Civil Veterinary Dept. Assam report 1927-50 - 1927-1950
Year: 1927
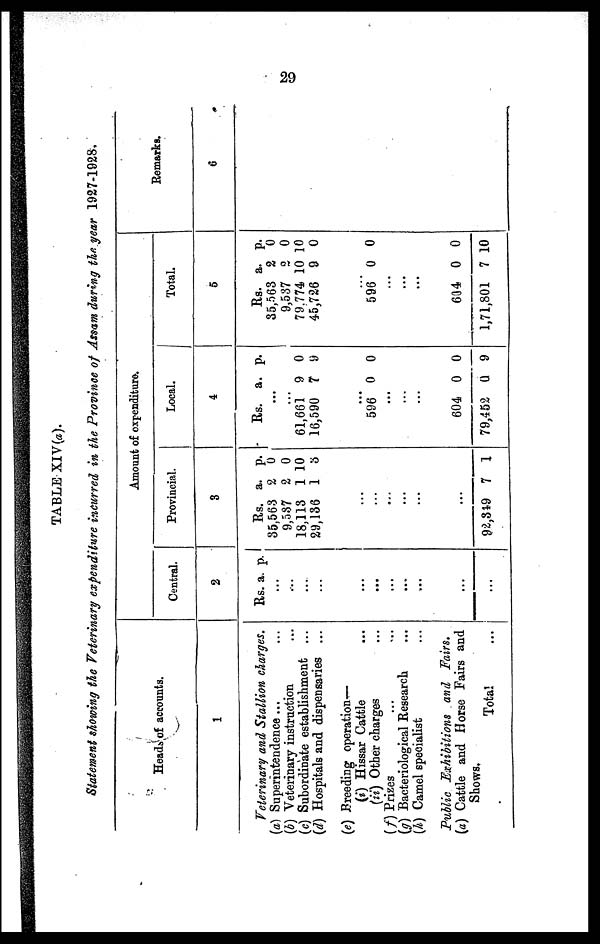
TABLE XIV(a).
Statement showing the Veterinary expenditure incurred in the Province of Assam during the year 1927-1928.
Heads of accounts.
1
Veterinary and Stallion charges.
(a) Superintendence ... ...
(b) Veterinary instruction ...
(c) Subordinate establishment ...
(d) Hospitals and dispensaries ...
(e) Breeding operation—
(i) Hissar Cattle ...
(ii) Other charges
(f) Prizes ... ...
(g) Bacteriological Research...
(h) Camel specialist ...
Public Exhibitions and Fairs.
(a) Cattle and Horse Fairs and
Shows.
Total ...
Amount of expenditure.
Central.
2
Rs. a. p.
...
...
...
...
...
...
Provincial.
3
Rs.
35,563
9,587
18,113
29,136
...
...
...
...
...
...
92,349
a.
2
2
1
1
7
p.
0
0
10
3
1
Local.
4
Rs.
...
...
61,661
16,590
...
596
...
...
...
604
79,452
a.
9
7
0
0
0
p.
0
9
0
0
9
Total.
5
Rs.
35,563
9,537
79,774
45,726
...
596
...
...
...
634
1,71,801
a.
2
2
10
9
0
0
7
p.
0
0
10
0
0
0
10
Remarks.
6